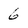
Character: 6